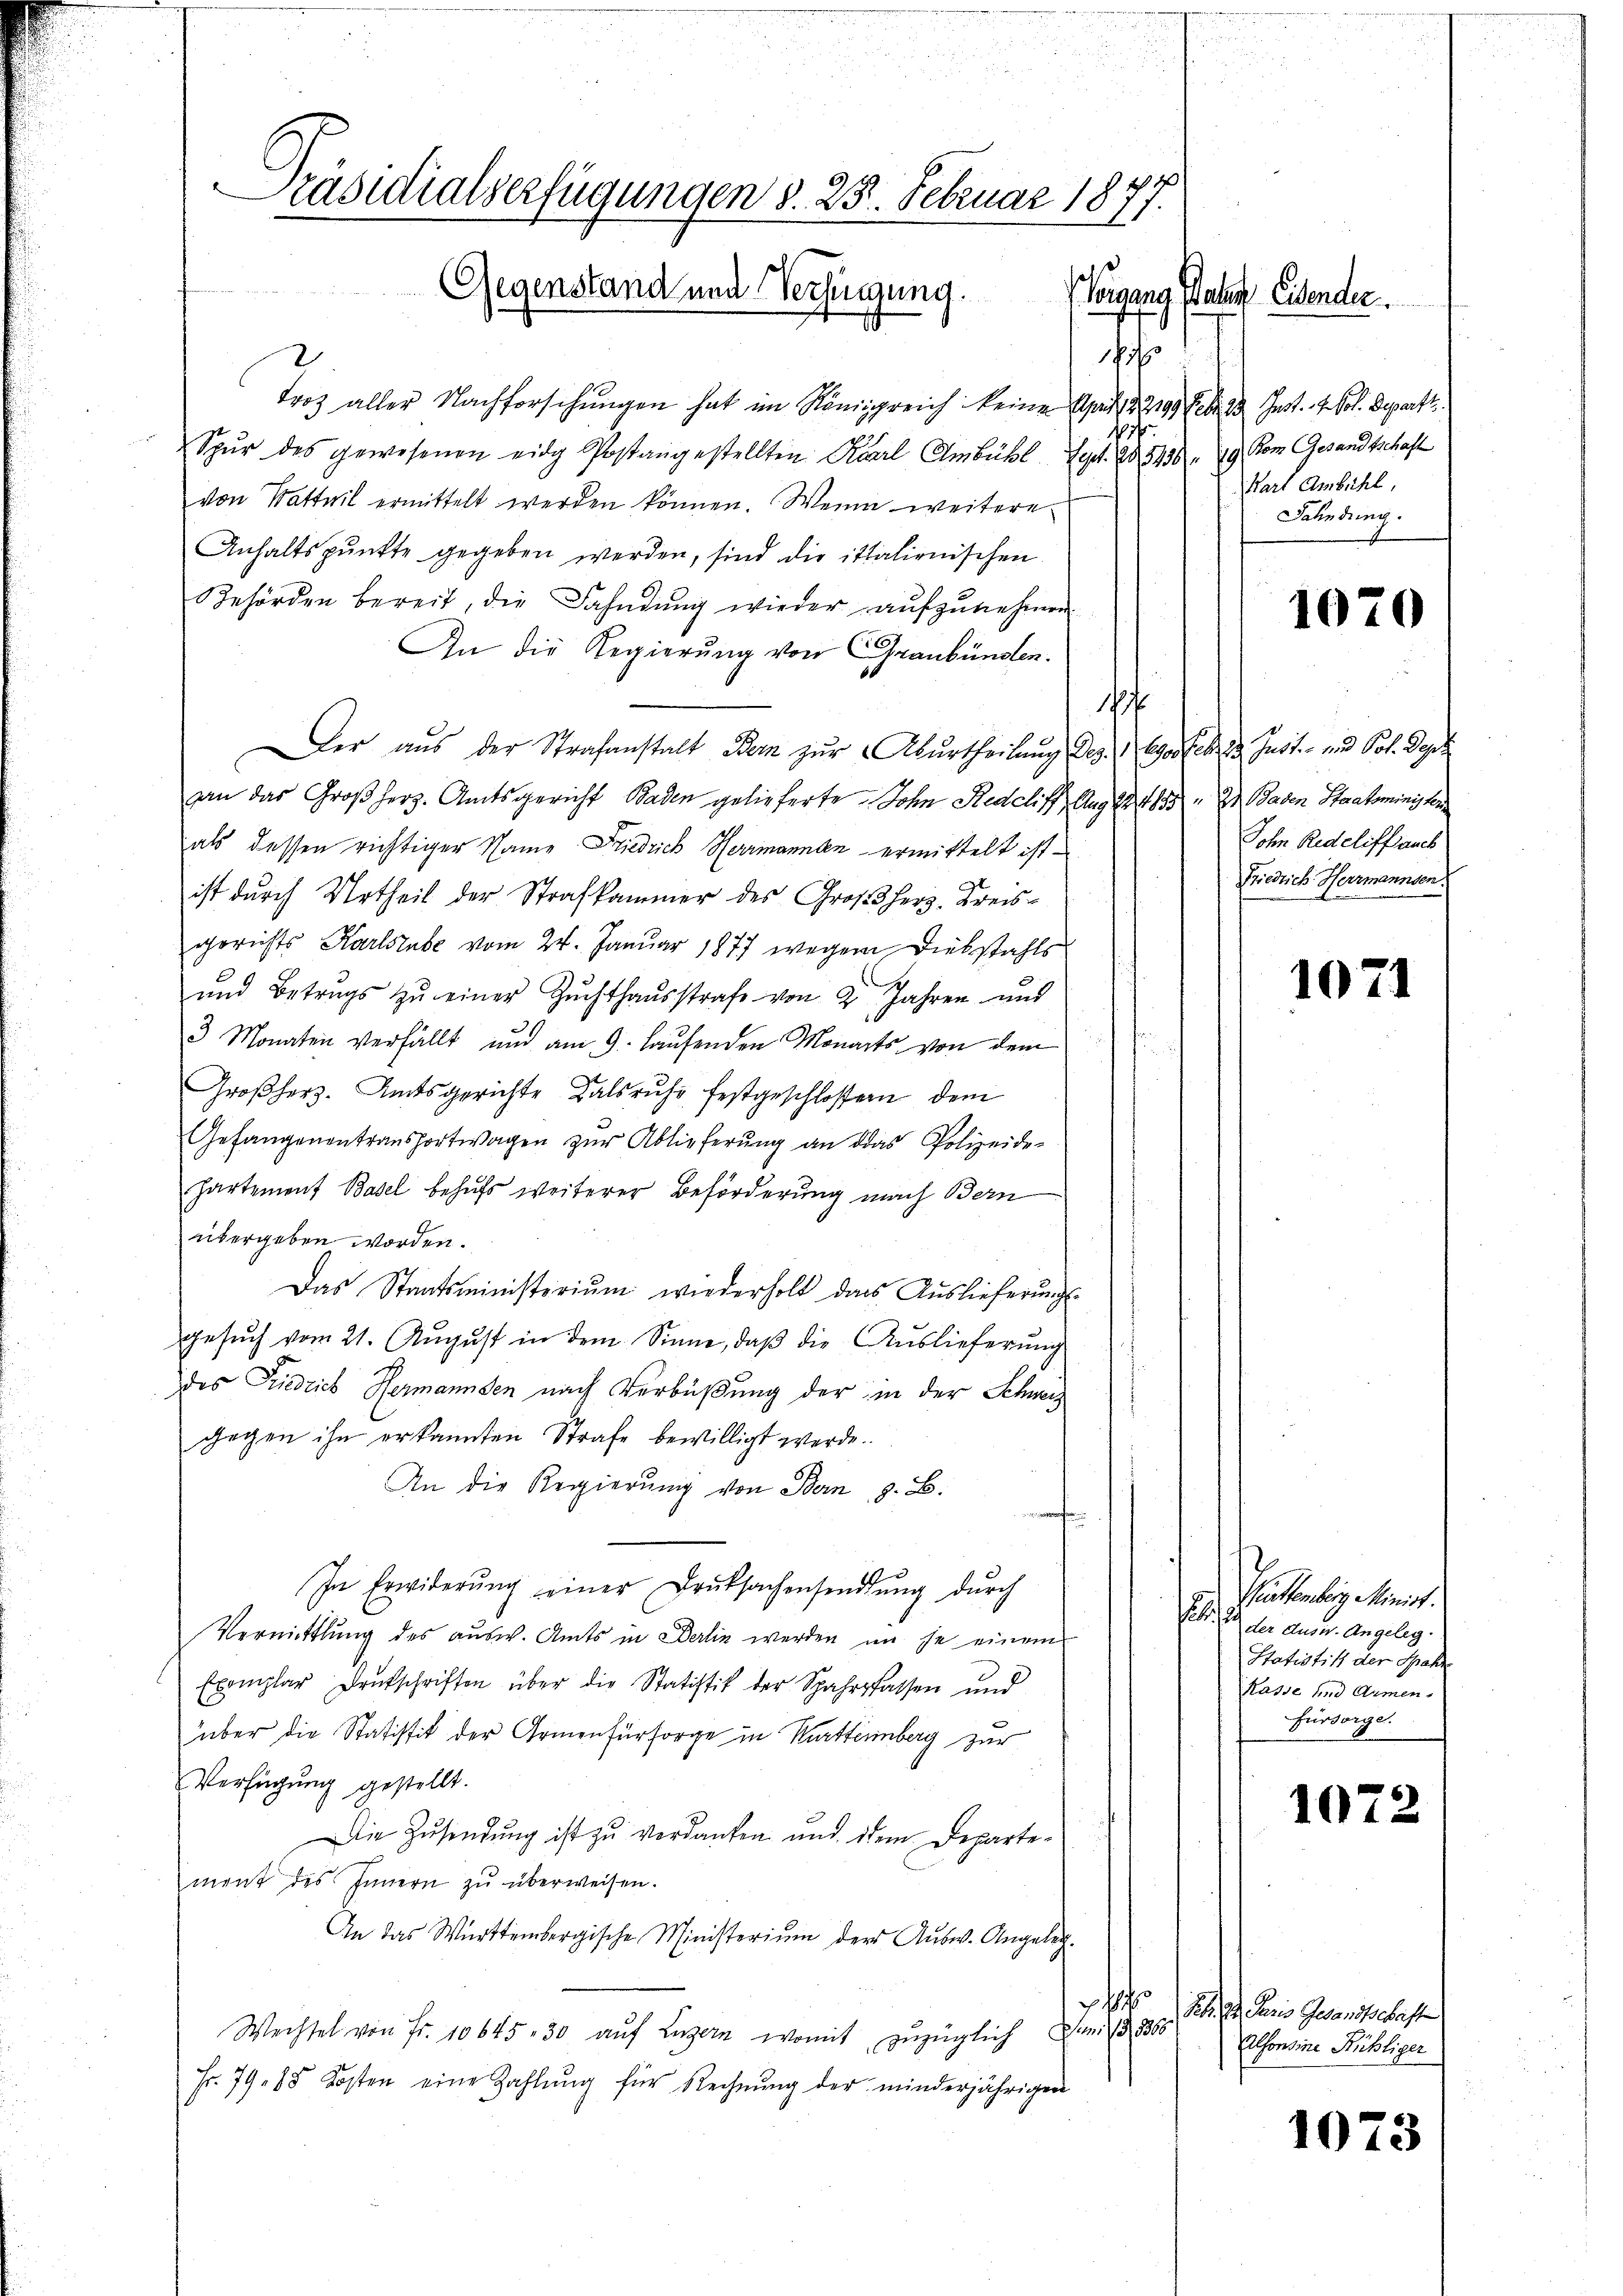
Präsidialverfügungen d. 25. Februar 1877.
Gegenstand und Verfügung.
Vorgang Paten Eisender

.
2
troz aller Nachforschungen hat im Königreich keine Sprach § 2199 Febr. 13 Jnst. I. Pol. Depart
107
Spŭr des gewesenen eidg Postangestellten Karl Ambühl. Sept. 25436. 79 vom Gesandtschaft
von Wattwil ermittelt werden können. Wenn weitere
Anhaltspunkte gegeben werden, sind die italienischen
Behörden bereit, die Fahndŭng wieder aufzunehmen
An die Regierung von Graubünden.
17
Der aus der Strafanstalt Bern zur Aburtheilung des Conferen Just- und Pol. Dass
an das Großherz. Amtsgericht Baden gelieferte. Sohn Redcliff Aug. 18 t 855 n 2. Baden Staatsminister
als dessen richtiger Name Friedrich Herrmannten ermittelt ist.
ist durch Urtheil der Strafkammer des Großherz. Kreisgerichts Karlstube vom 24. Januar 1877 wegen Diebstahls
und Betrugs zu einer Zuchthausstrafe von 2 Jahren und
3 Monaten verfällt und am 9. Haŭsenden Monarts von dem
n
Großherz. Amtsgerichte Dalsruhe festgeschlossen dem
Gefangenantransportwagen zŭr Ablieferŭng an das Polizeide-
hartement Basel behufs weiterer Beförderung mach Bern
übergeben worden.
Das Staatsministerium wiederholt dass Auslieferungs-
gesŭch vom 21. Aŭgŭst in dem Sinne, daβ die Aŭslieferŭng
des Friedrich Hermannden nach Verbüßung der in der Schweiz
gegen ihn erkannten Strafe bewilligt werde.
An die Regierŭng von Bern, z. B.
 erwachen
In Erwiderŭng einer Druksachensendŭng dŭrch
Vermittlung des ausw. Amts in Berlin werden im je einem
Exemplar Deutschriften über die Statistik der Spahrsfassen und
über die Statistik der Armenfürsorge in Kurttemberg zur
Verfügung gestellt.
Die Zusendung ist zu verdanken und dem Departement des Innern zŭ überweisen.
An das Württembergische Ministeriŭm der Aŭsw. Angeleg-
¬
Wechsel von Fr. 10645. 30 aŭf Luzern, womit zuzüglich Juni 13. 8300
Fr. 79. 85 Kosten eine Zahlŭng für Rechnŭng der minderjährigen

Karl Ambühl,
Fahndring.

1070

John Redeliff auch
Friedrich Herrmannsen.

1071

Partenberg Minist
Febr. 1 der Ausw. Angeleg
Statistik der Spahr
Kasse und Armen.
Fürsorge.

1072

Febr. di Paris Gesandschafte
Alfonsine Rühliger

1073